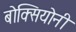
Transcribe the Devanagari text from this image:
बोक्सियोनी